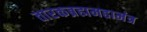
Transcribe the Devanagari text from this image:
तारकब्रह्ममहामंत्र